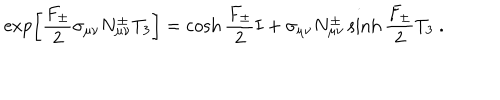
\exp \left[ { \frac { F _ { \pm } } { 2 } } \sigma _ { \mu \nu } N _ { \mu \nu } ^ { \pm } T _ { 3 } \right] = \cosh { \frac { F _ { \pm } } { 2 } } { \bf I } + \sigma _ { \mu \nu } N _ { \mu \nu } ^ { \pm } \sinh { \frac { F _ { \pm } } { 2 } } T _ { 3 } \ .